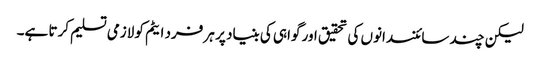
لیکن چند سائنسدانوں کی تحقیق اور گواہی کی بنیاد پر ہر فرد ایٹم کو لازمی تسلیم کرتا ہے۔